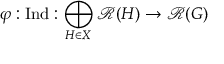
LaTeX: \varphi : { \mathrm { I n d } } : \bigoplus _ { H \in X } { \mathcal { R } } ( H ) \to { \mathcal { R } } ( G )